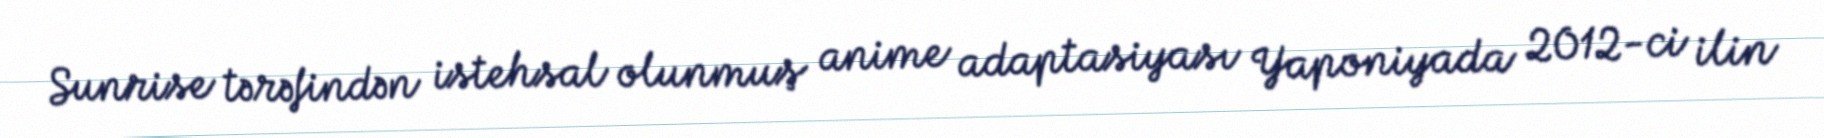
Sunrise tərəfindən istehsal olunmuş anime adaptasiyası Yaponiyada 2012-ci ilin